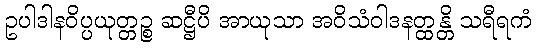
ဥပါဒါနဝိပ္ပယုတ္တဉ္စ ဆဋ္ဌီပိ အာယုသာ အဝိသံဝါဒနတ္ထန္တိ သရီရကံ